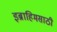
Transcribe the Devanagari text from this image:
इब्राहिमसाठी